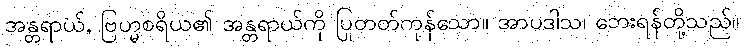
အန္တရာယ်, ဗြဟ္မစရိယ၏ အန္တရာယ်ကို ပြုတတ်ကုန်သော။ အာပဒါသ၊ ဘေးရန်တို့သည်။